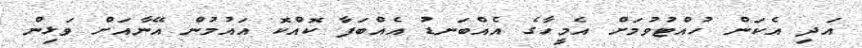
އަދި އެކަން ހުއްޓުވުމަށް އެމީހާގެ އެއްބަނޑު އެއްބަފާ ކޮއްކޮ އައުމުން އޭނާއަށް ވަޅިން